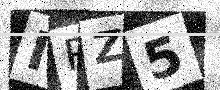
Text: IPZ5